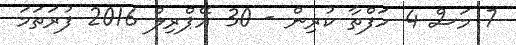
7 މަސް 4 ހަފްތާ ކުރިން - 30 އޭޕްރިލް 2016 ފުރަތަމަ